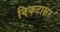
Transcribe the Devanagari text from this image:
विकटाक्षर